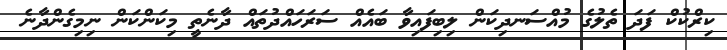
ކިރްކުކް ފަދަ ތެލުގެ މުއްސަނދިކަން ލިބިފައިވާ ބައެއް ސަރަހައްދުތައް ދާނެތީ މިކަންކަން ނިމިގެންދާނެ